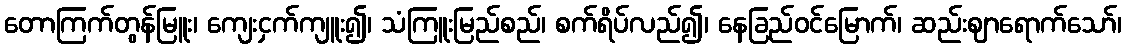
တောကြက်တွန်မြူး၊ ကျေးငှက်ကျူး၍၊ သံကြူးမြည်စည်၊ စက်ရိပ်လည်၍၊ နေခြည်ဝင်မြောက်၊ ဆည်းဈာရောက်သော်၊